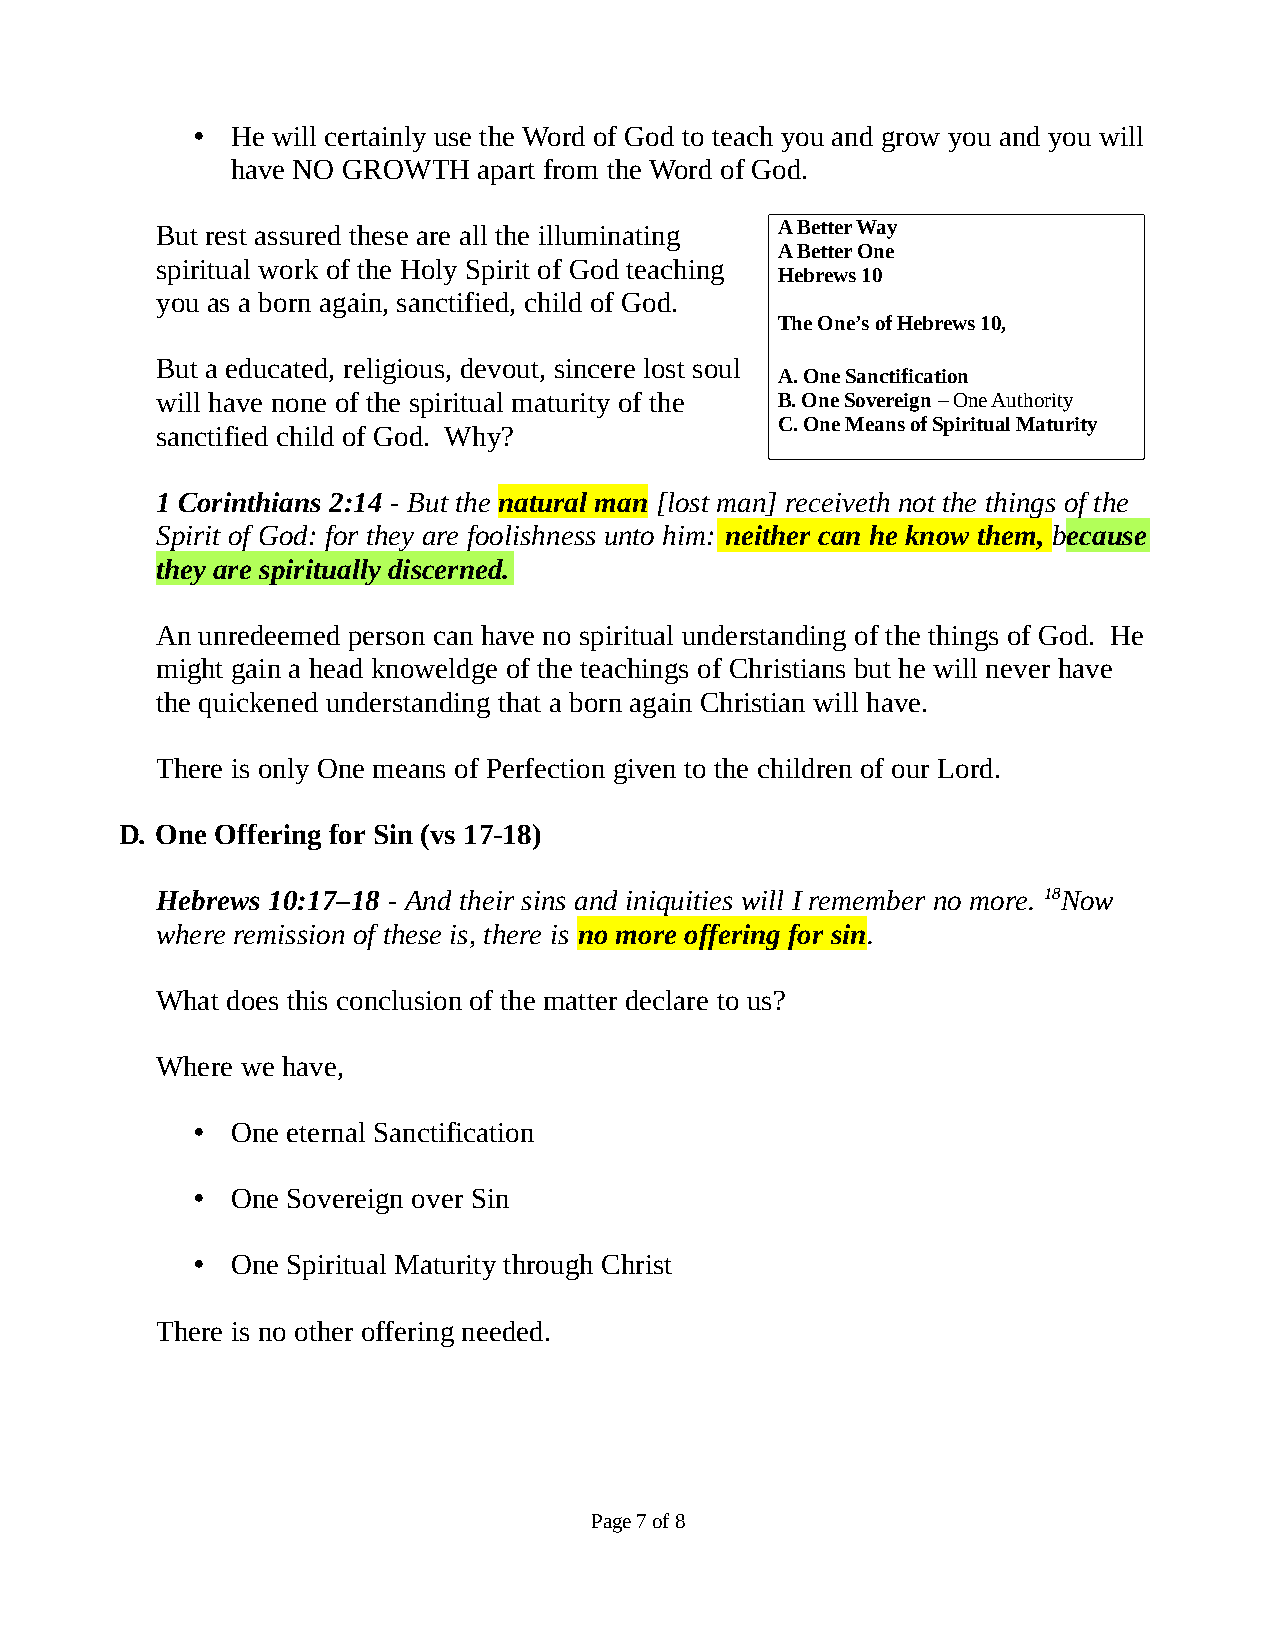
• He will certainly use the Word of God to teach you and grow you and you will
 have NO GROWTH   apart from the Word of God.
 But rest assured these are all the illuminating A Better Way
 A Better One
 spiritual work of the Holy Spirit of God teaching
 Hebrews 10
 you as a born again, sanctified, child of God.
 The One’s of Hebrews 10,
 But a educated, religious, devout, sincere lost soul
 A. One Sanctification
 will have none of the spiritual maturity of the B. One Sovereign – One Authority
 C. One Means of Spiritual Maturity
 sanctified child of God. Why?
 1 Corinthians 2:14 - But the natural man [lost man] receiveth not the things of the
 Spirit of God: for they are foolishness unto him: neither can he know them, because
 they are spiritually discerned.
 An unredeemed person can have no spiritual understanding of the things of God. He
 might gain a head knoweldge of the teachings of Christians but he will never have
 the quickened understanding that a born again Christian will have.
 There is only One means of Perfection given to the children of our Lord.
 D. One Offering for Sin (vs 17-18)
 Hebrews 10:17–18 - And their sins and iniquities will I remember no more. 18Now
 where remission of these is, there is no more offering for sin.
 What does this conclusion of the matter declare to us?
 Where we have,
 • One eternal Sanctification
 • One Sovereign over Sin
 • One Spiritual Maturity through Christ
 There is no other offering needed.
 Page 7 of 8